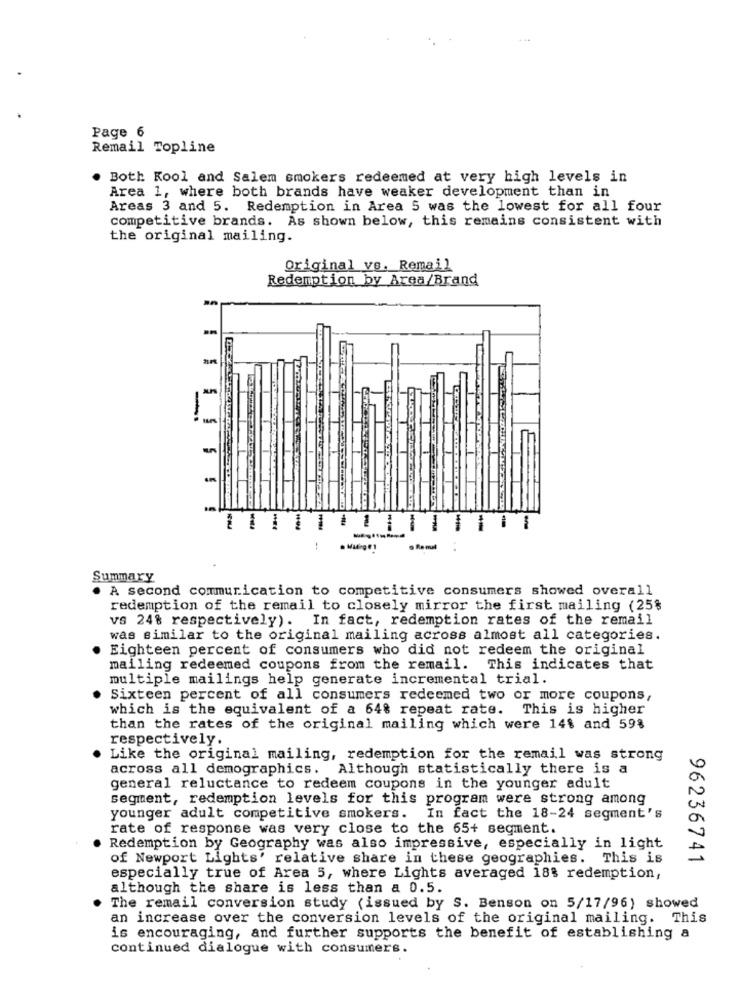
Page 6
Remail Topline
. Both Kool and Salem smokers redeemed at very high levels in
Area 1, where both brands have weaker development than in
Areas 3 and 5. Redemption in Area 5 was the lowest for all four
competitive brands. As shown below, this remains consistent with
the original mailing.
Original ve. Remail
Redemption by Area/Brand
-
-
-
-
Summary
A second communication to competitive consumers showed overall
redemption of the remail to closely mirror the first mailing (25%
vs 24% respectively). In fact, redemption rates of the remail
was similar to the original mailing across almost all categories.
Eighteen percent of consumers who did not redeem the original
mailing redeemed coupons from the remail. This indicates that
multiple mailings help generate incremental trial.
Sixteen percent of all consumers redeemed two or more coupons,
which is the equivalent of a 64% repeat rate. This is higher
than the rates of the original mailing which were 14$ and 59%
respectively.
Like the original mailing, redemption for the remail was strong
across all demographics. Although statistically there is a
general reluctance to redeem coupons in the younger adult
segment, redemption levels for this program were strong among
younger adult competitive smokers. In fact the 18-24 segment's
rate of response was very close to the 65+ segment.
Redemption by Geography was also impressive, especially in light
of Newport Lights' relative share in these geographies. This is
96236741
especially true of Area 5, where Lights averaged 18% redemption,
although the share is less than a 0.5.
The remail conversion study (issued by S. Benson on 5/17/96) showed
an increase over the conversion levels of the original mailing. This
is encouraging, and further supports the benefit of establishing a
continued dialogue with consumers.